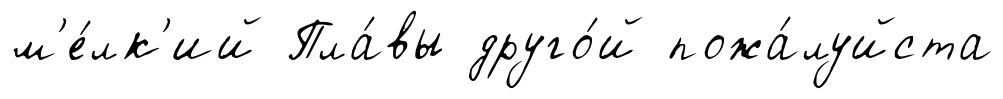
м'е́лк'ий Пла́вы друго́й пожа́луйста